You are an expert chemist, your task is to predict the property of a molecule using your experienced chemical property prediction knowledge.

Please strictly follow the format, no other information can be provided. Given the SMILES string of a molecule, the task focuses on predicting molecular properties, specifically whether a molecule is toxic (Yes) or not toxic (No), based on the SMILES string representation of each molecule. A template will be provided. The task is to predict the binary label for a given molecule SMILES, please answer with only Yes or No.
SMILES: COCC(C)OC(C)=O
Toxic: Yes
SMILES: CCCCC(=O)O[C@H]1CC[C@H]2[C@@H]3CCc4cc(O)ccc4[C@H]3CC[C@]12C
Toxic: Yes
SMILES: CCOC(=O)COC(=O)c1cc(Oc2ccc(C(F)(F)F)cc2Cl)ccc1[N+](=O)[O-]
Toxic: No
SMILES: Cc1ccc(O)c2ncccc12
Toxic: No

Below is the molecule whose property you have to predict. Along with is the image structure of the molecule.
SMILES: Cc1occc(=O)c1OC(=O)C(C)C
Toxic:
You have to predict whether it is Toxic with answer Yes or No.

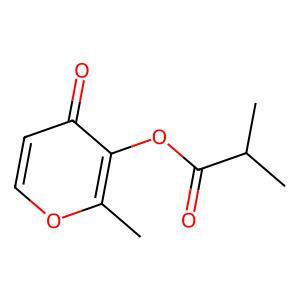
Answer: No